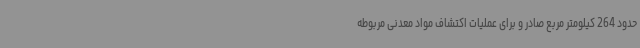
حدود 264 کیلومتر مربع صادر و برای عملیات اکتشاف مواد معدنی مربوطه